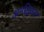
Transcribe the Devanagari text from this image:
अनश्चितता